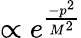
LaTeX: \propto e^{\frac{-p^{2}}{M^{2}}}